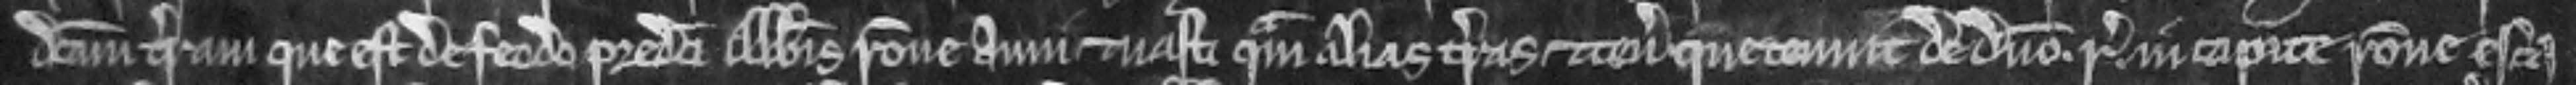
dictam terram que est de feodo predicti Abbatis racione anni et uasti quam alias terras et tenementa que tenuit de domino. regis. in capite racione esca